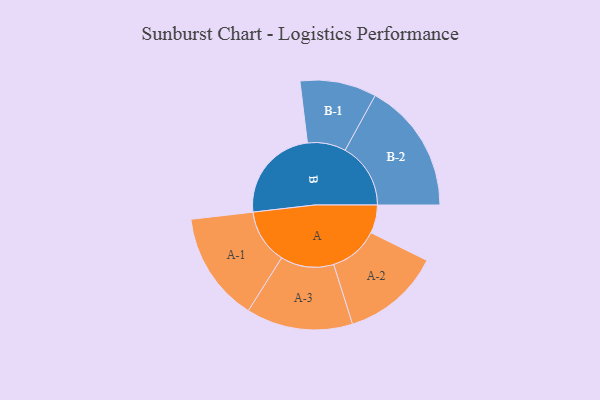
{"axis": {"x": "Segment", "y": "Value"}, "legend": ["", "A", "B"], "data": [{"x": "A", "y": 126, "type": ""}, {"x": "B", "y": 429, "type": ""}, {"x": "A-1", "y": 245, "type": "A"}, {"x": "A-2", "y": 221, "type": "A"}, {"x": "A-3", "y": 238, "type": "A"}, {"x": "B-1", "y": 171, "type": "B"}, {"x": "B-2", "y": 293, "type": "B"}]}